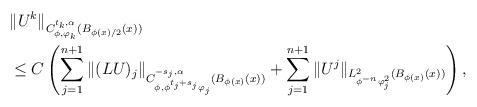
LaTeX: \begin{align*} &\| U^k\|_{C^{t_k, \alpha}_{\phi, \varphi_k}(B_{\phi(x)/2}(x))} \\& \le C\left( \sum_{j=1}^{n+1} \|(L U)_j\|_{C^{-s_j, \alpha}_{\phi, \phi^{t_j+ s_j}\varphi_j }(B_{\phi(x)}(x))} + \sum_{j=1}^{n+1} \| U^j \|_{L_{\phi^{-n} \varphi_j^2}^2(B_{\phi(x)}(x))}\right),\end{align*}